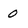
Character: 0